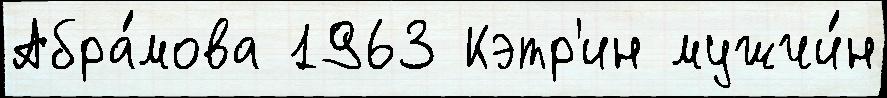
Абра́мова 1963 Кэтр'ин мужчи́н